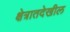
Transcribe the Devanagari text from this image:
क्षेत्रातदेखील